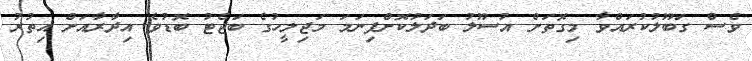
ވެސް ގަބޫލުކުރައްވާ މިގޮތަށް އުސޫލު ބަދަލުކޮށްފިނަމަ މަޖިލީހުގެ ބަޖެޓު ބޮޑުވެ އިދާރާއަށް އިތުރު